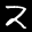
Label: 2